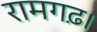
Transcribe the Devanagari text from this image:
रामगढ़।